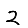
Digit: 2